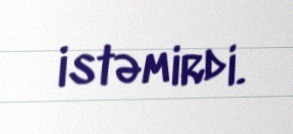
istəmirdi.